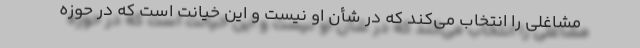
مشاغلی را انتخاب می‌کند که در شأن او نیست و این خیانت است که در حوزه